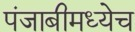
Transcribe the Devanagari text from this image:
पंजाबीमध्येच